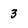
Character: 3